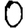
Digit: 0